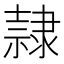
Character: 隷